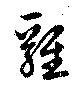
鶏